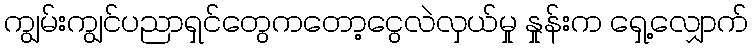
ကျွမ်းကျွင်ပညာရှင်တွေကတော့ငွေလဲလှယ်မှု နှုန်းက ရှေ့လျှောက်